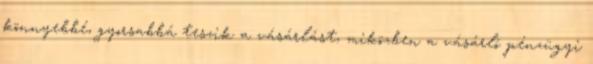
könnyebbé, gyorsabbá teszik a vásárlást, miközben a vásárló pénzügyi